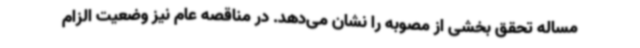
مساله تحقق بخشی از مصوبه را نشان می‌دهد. در مناقصه عام نیز وضعیت الزام